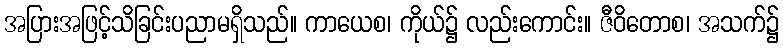
အပြားအဖြင့်သိခြင်းပညာမရှိသည်။ ကာယေစ၊ ကိုယ်၌ လည်းကောင်း။ ဇီဝိတောစ၊ အသက်၌